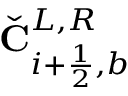
\check { \mathbf { C } } _ { i + \frac { 1 } { 2 } , b } ^ { L , R }